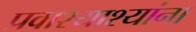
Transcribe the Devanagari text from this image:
प्रवाश्याश्यांना